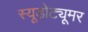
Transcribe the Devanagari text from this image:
स्यूडोट्यूमर